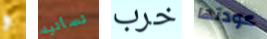
و تسأليه خرب عودتها